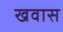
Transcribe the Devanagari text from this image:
खवास